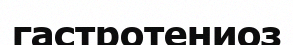
гастротениоз